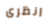
انظرى